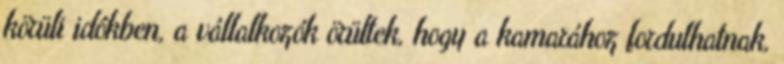
körüli idôkben, a vállalkozók örültek, hogy a kamarához fordulhatnak,